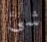
شئ